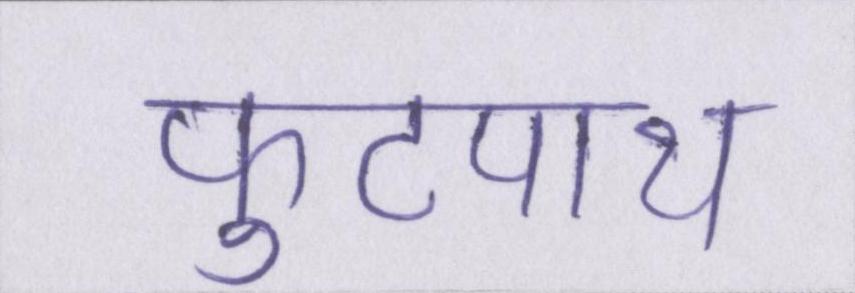
फुटपाथ